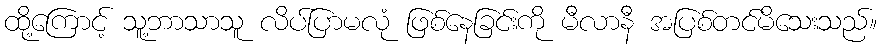
ထို့ကြောင့် သူ့ဘာသာသူ လိပ်ပြာမလုံ ဖြစ်နေခြင်းကို မီလာနီ အပြစ်တင်မိသေးသည်။